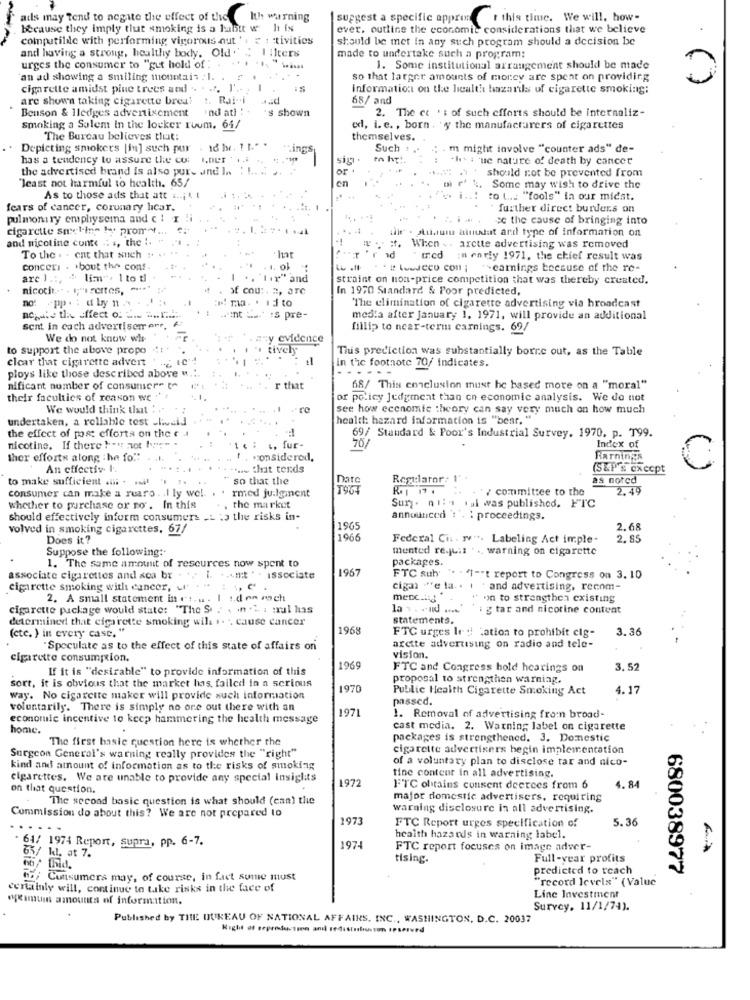
ads may tend to negate the effect of the
Ith warning
suggest a specific appron t this time. We will, how-
because they imply tlut smoking is a habit w h fx
ever, outline the economic considerations that we believe
computilile with performing vigorous out ': s : tivities
should be met in any such program should a decision be
1 Ilters
and having a strong, healthy body. Old "'
made to undertake such a program:
urges the consumer to "gut hold of :
1. Some institutional arrangement should be made
an ad showing a smiling mountain : 1.
so that larger amounts of money are spent on providing
cigarette amidst pine trees and .. . .. I' ..
Information on the health hazards of cigarette smoking;
are shown taking cigarette brea'
68/ and
Benson & Hledges advertisement
nd ati : * 's shown
's shown
2. The et 's of such efforts should be internaliz-
smoking a Salem In the locker ruum. 64/
ed, i. e. , born . 'y the manufacturers of cigarettes
The Burcau believes that:
themselves.
Depicting smokers [in] such pur . 18 ). 11.""
:ings
Such
m might involve "counter ads" de-
has a tendency to assure the co: ",OUT
sig.
In hp !.
-hva 'ne nature of death by cancer
the advertised brand is also pur- und l .. ; L .. ..
or
should not be prevented from
"least not harmful to health. 65/
en
Some may wish to drive the
As to those ads that att ...; \ t
.11
to L ... "fools" in our miest.
fears of cancer, corunary hcar.
further direct burdens on
pulmonary emphysema and c \ r
cc the cause of bringing into
cigarette snyline Ist promet ...
. 1
the . studium ainudat and type of information on
and nicotine conte .. ., the !.
w .. #. When .. arette advertising was removed
To the . . ent that such
·har
r 'r id
in early 1971, the chief result was
conceri . . bout the cons.
. " Leecco con ; "carnings because of the re-
arc ) .:, " lim , 1 to tl
1 .. 1.x" and
straint on non-price competition that was thereby created.
nicotin ·· · 1;" settes, ----*
of cou :. 2, aTe
In 1970 Standard & Poor predicted,
no:
pp .: d by n .
:
The elimination of cigarette advertising via broadcast
nohate the effect of 2 .. .........
Hint 's pre-
media after January 1, 1971, will provide an additional
sent in cach advertisement, f
fillip to near-term carnings. 69/
We do not know wh-
my evidence
to support the above propo
tively
This prediction was substantially borre out, as the Table
clear that cigarette advert
1
in t'ic footnote 70/ indicates.
ploys like those described above w.
.....
nificant number of consumer- to
r that
68/ This conclusion must be based more on a "moral"
their faculties of reason we
or policy Jedgreat than on economic analysis. We do not
We would think that !.
see how economic theory can say very much on how much
undertaken, a reliable test -liveid
health: hazard faformation is "bear. "
+1
the effect of post efforts on the e.
69/ Standard & Poor's Industrial Survey. 1970. p. T99.
nicotine. If there !"s not hope" .
1 . : ., fur-
Index of
ther efforts along the fo."
1 . considered.
Rarnings
An effective I.
tus thit tends
(S&P'S execpt
to make sufficient . . .
"so that the
Date
Regulator: 1' +
as noted
consumer can make a ruro. . I ly wel.
rmed ju.lgment
/ committee to the
2.49
Sun. nils .al was published. FTC
whether to purchase or ro . In this
the market
should effectively inform consumers AL to the risks in-
announced :'. : proceedings.
volved in smoking cigarettes, 67/
1965
2.68
Does it ?
1966
Federal Cis . "V". Labeling Act imple-
2.85
Suppose the following:
mented re.ju.1 . .. warning on cigarette
1. The same amount of resources now spent to
packages.
1967
associate cigarettes and aca br . .. [. .... mit " . issociate
FTC suby: ". . "1 -- t report to Congress on 3. 10
cigarette smoking with cancer, u . " : ", C'
cigar "e la. . . . and advertising, recom-
2. A small statement in et, u . I !. don moch
mecc.1 8
on to strengthen existing
cigarette package would state: "The Sa . , in % ; prul has
la . . .. ud ....
i g tar and nicotine content
determined that cigarette smoking will .. . cause cancer
statements.
(cte. ) in every case. "
1968
FTC urges led Lation to prohibit cig-
3.36
"Speculate as to the effect of this state of affairs on
arette advertising on radio and tele-
cigarette consumption.
vision.
If it is "desirable" to provide information of this
1969
FTC and Congress hold hearings on
3.52
sort, it is obvious that the market has failed in a serious
proposal to strengthen warning.
1970
Public Health Cigarette Smoking Act
4.17
way. No cigarette maker will provide such information
passed.
voluntarily. There is simply no ore out there with an
1971
economic incentive to keep hammering the health message
1. Removal of advertising from broad-
home.
cast media. 2. Warning label on cigarette
The first basic question here is whether the
packages is strengthened. 3. Domestic
cigarette advertisers begin implementation
Surgeon General's warning really provides the "right"
of a voluntary plan to disclose tar and nico-
kind and amount of information as to the risks of smoking
cigarettes. We are unable to provide any special insights
1972
tine content in all advertising.
on that question.
FTC obtains consent deerces from 6
4.84
The second basic question is what should (can) the
major domestic advertisers, requiring
warning disclosure in all advertising.
Commission do about this? We are not prepared to
1973
FTC Report urges specification of
5.36
.. .
health hazards in warning label.
. 64/ 1974 Report, supra, pp. 6-7.
1974
FTC report focuses on image adver-
65/ kl. at 7.
tising.
Full -vear profits
66/ thid.
predicted to teach
680038977
thy Consumers may, of course, in fact sumie must
"record levels" ( Value
certainly will, continue to take risks in the face of
ocimum amounts of information.
Line Investment
Survey, 11/1/74).
Published by THE DUKEAU OF NATIONAL AFFAIRS, INC ., WASHINGTON, D.C. 20037
Right of seproduction and redistrbiuston IPserved